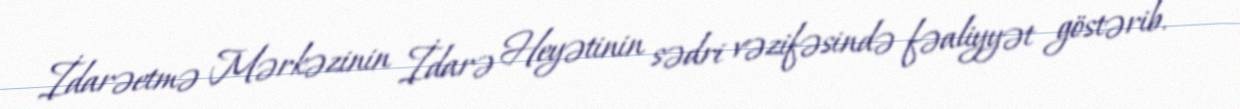
İdarəetmə Mərkəzinin İdarə Heyətinin sədri vəzifəsində fəaliyyət göstərib.